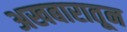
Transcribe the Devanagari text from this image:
अखबारातून